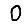
Digit: 0